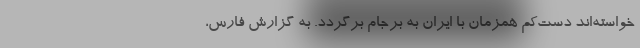
خواسته‌اند دست‌کم همزمان با ایران به برجام برگردد. به گزارش فارس،